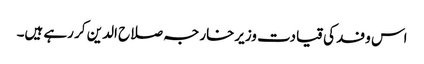
اس وفد کی قیادت وزیرخارجہ صلاح الدین کر رہے ہیں۔